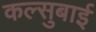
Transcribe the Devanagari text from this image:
कल्सुबाई